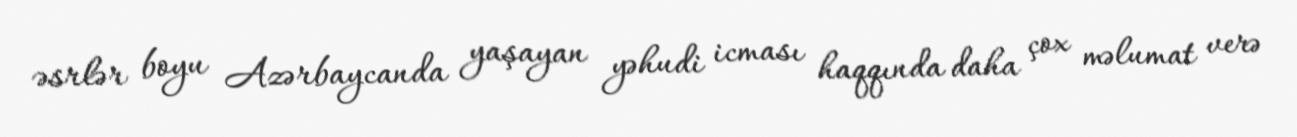
əsrlər boyu Azərbaycanda yaşayan yəhudi icması haqqında daha çox məlumat verə